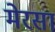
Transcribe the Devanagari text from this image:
मेरसा